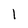
Character: l